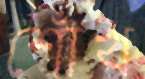
শোঁখ